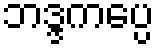
ဘဒ္ဒကပ္ပေ